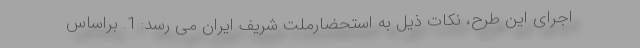
اجرای این طرح، نکات ذیل به استحضارملت شریف ایران می رسد: 1. براساس